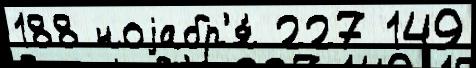
188 ноjабр'я́ 227 149